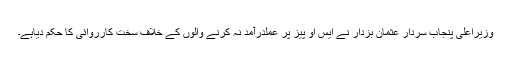
وزیراعلیٰ پنجاب سردار عثمان بزدار نے ایس او پیز پر عملدرآمد نہ کرنے والوں کے خلاف سخت کارروائی کا حکم دیاہے۔